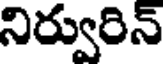
నిర్వురిన్